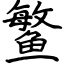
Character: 鳘